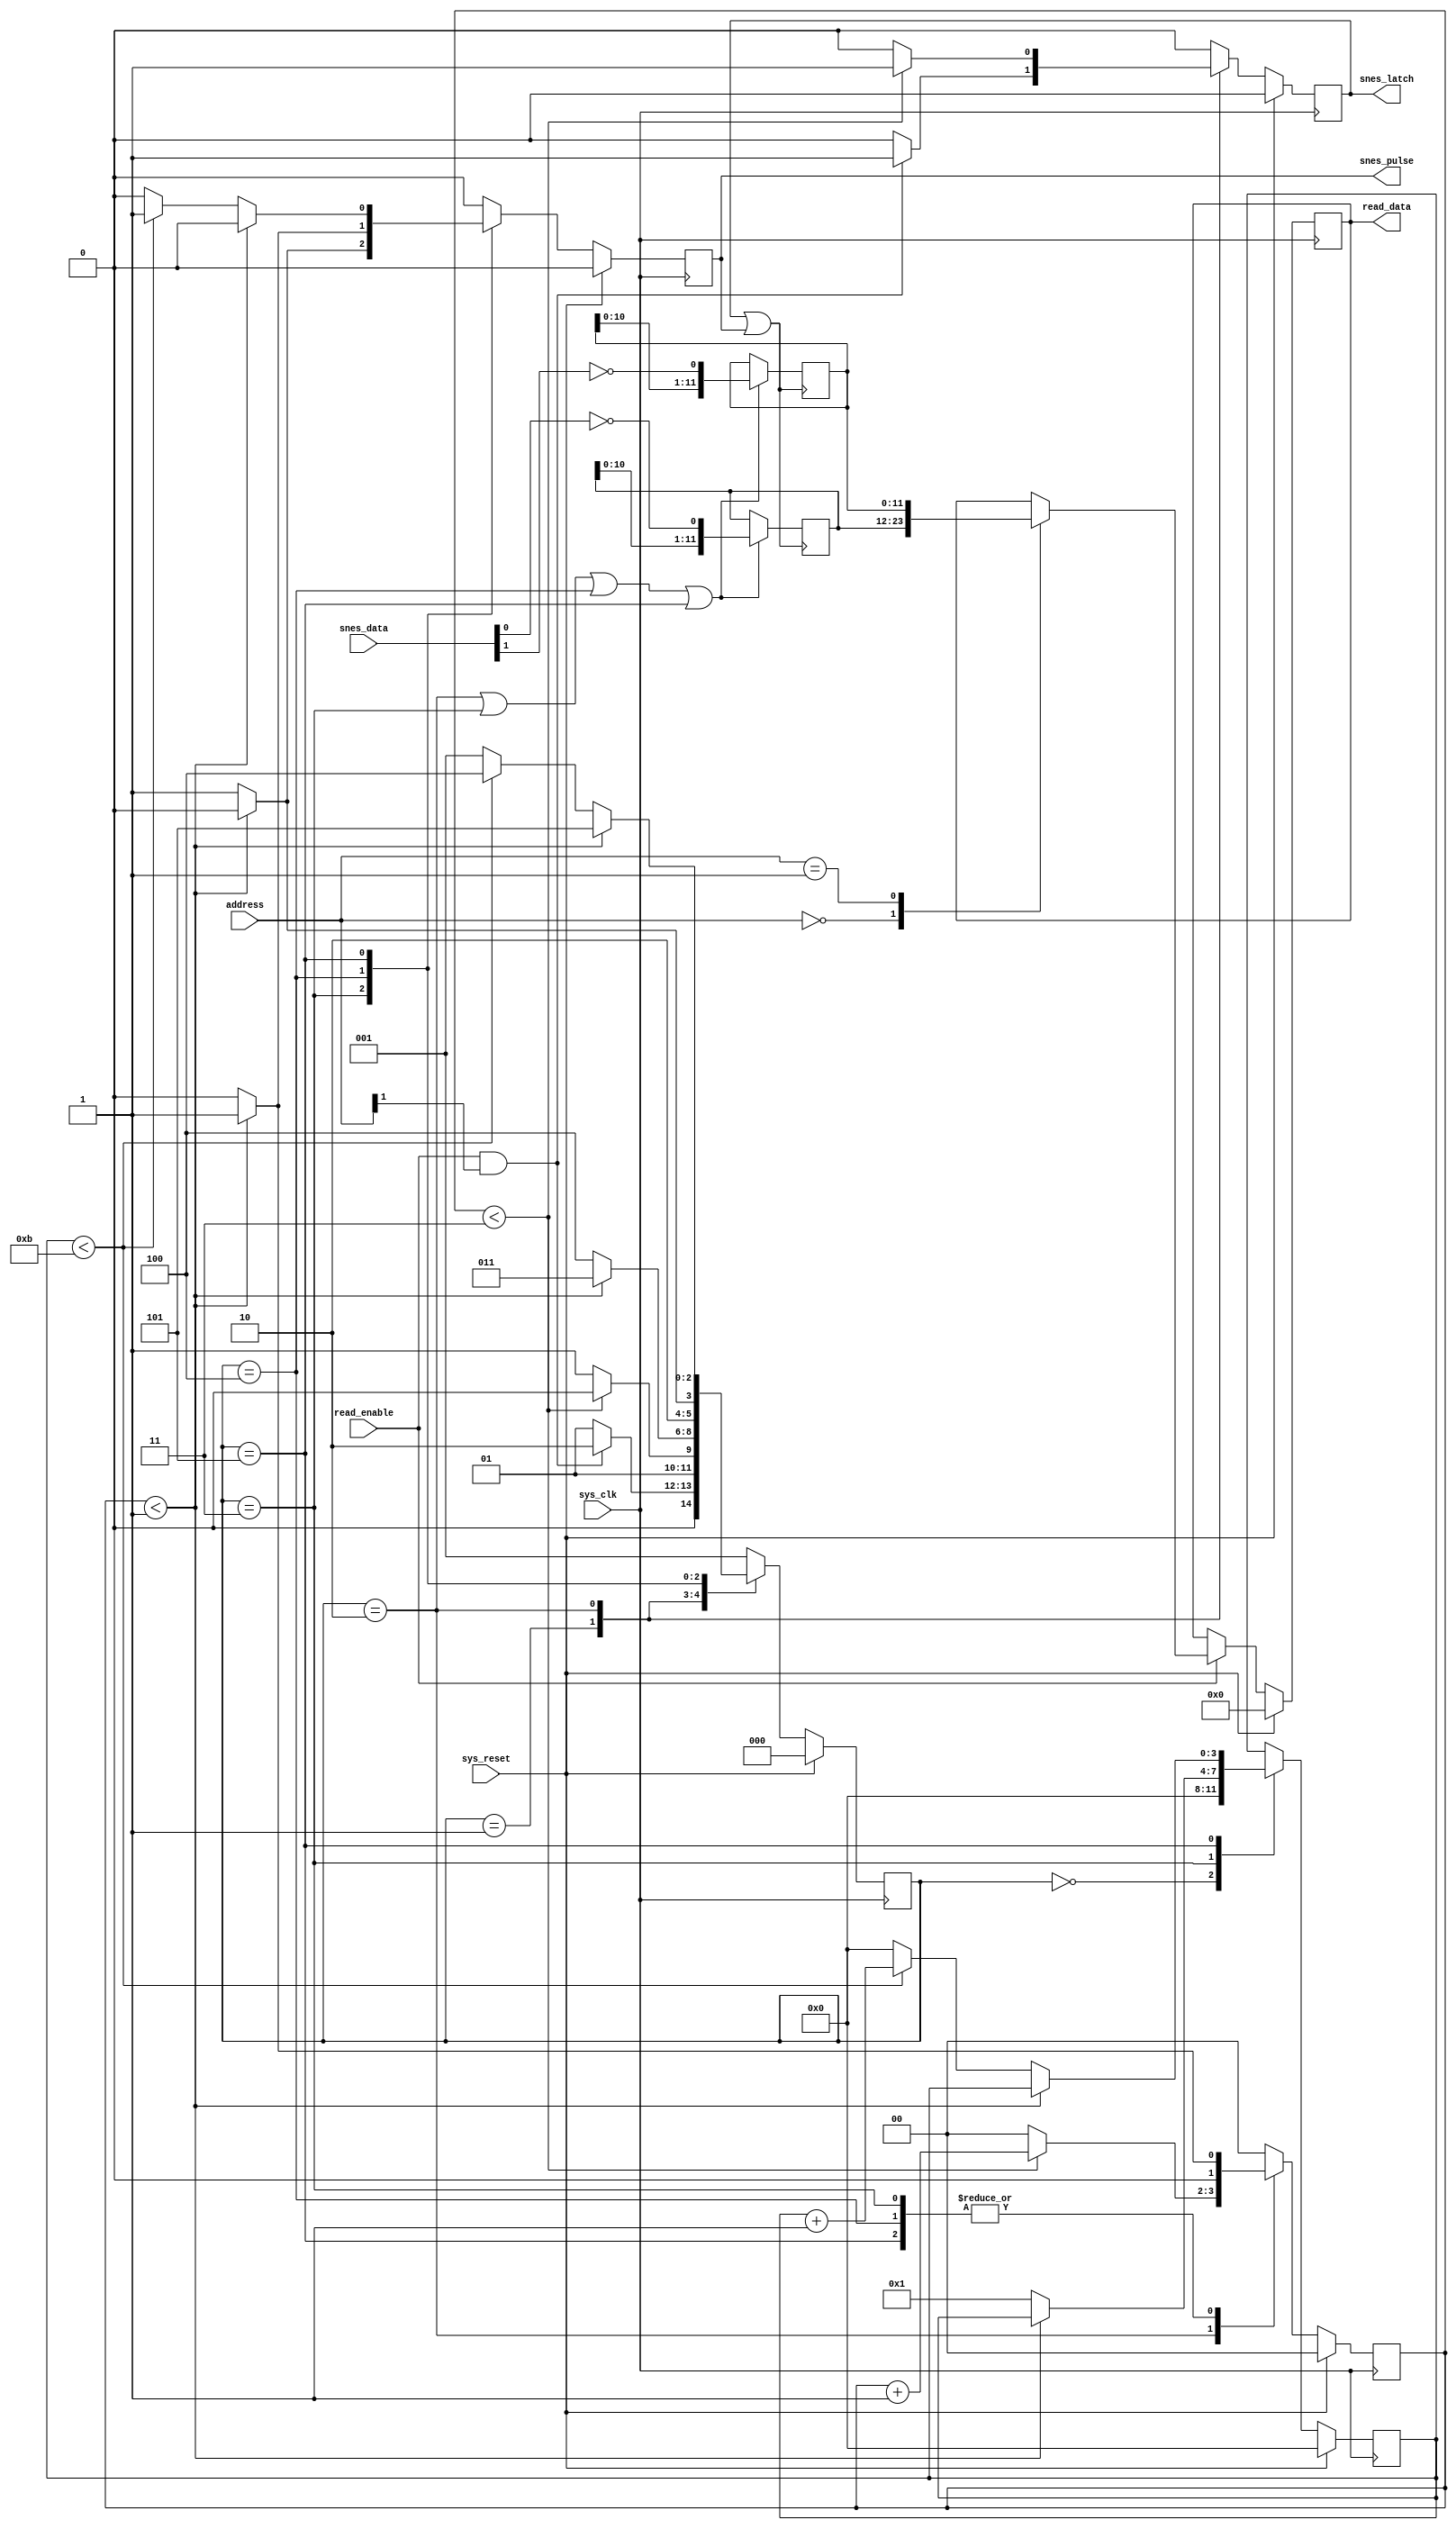
`timescale 1ns / 1ps

module SnesInterface
(
   input             sys_clk,       // 12.5MHz Clock
   input             sys_reset,
   input      [1:0]  address,
   input             read_enable,   // Reads the latched data for the controller specified by the read address
   output reg [11:0] read_data,     // The button data for the specified controller
   input      [1:0]  snes_data,     // Data returned from the SNES controller shift registers
   output reg        snes_latch,    // Pulse sent to the SNES controller to latch the state of the buttons
   output reg        snes_pulse     // Pulses sent to shift out the button values from the SNES controller
);

   // count used for dividing the 12.5MHz system clock
   reg [1:0] count;

   // keep track of how many button values have been shifted in
   reg [3:0] button_count;

   // registers to hold the data shifted in from each controller
   reg [11:0] buttons_0;
   reg [11:0] buttons_1;

   // put the selected controller's button values on the output
   always@(posedge sys_clk) begin
      if (sys_reset) begin
         read_data <= 12'd0;
      end
      else if (read_enable) begin
         case (address)
            0       : read_data <= buttons_0;
            1       : read_data <= buttons_1;
            default : read_data <= read_data; 
         endcase
      end
      else begin
         read_data <= read_data;
      end
   end

   // FSM States
   parameter RESET    = 3'd0;
   parameter IDLE     = 3'd1;
   parameter LATCH    = 3'd2;
   parameter WAIT1    = 3'd3;
   parameter SHIFT_HI = 3'd4;
   parameter SHIFT_LO = 3'd5;

   // FSM
   reg [2:0] state;
   always@(posedge sys_clk) begin
      snes_latch     <= 1'b0;
      snes_pulse     <= 1'b0;
      count          <= 2'd0;
      button_count   <= button_count;
      if (sys_reset) begin
         state          <= RESET;
         count          <= 2'd0;
         button_count   <= 1'b0;
      end
      else begin
         case (state)
            RESET : begin
               state        <= IDLE;
               button_count <= 1'b0;
            end
            IDLE : begin
               if (read_enable & address[1]) begin
                  state      <= LATCH;
                  snes_latch <= 1'b1;
               end
               else begin
                  state <= IDLE;
               end
            end
            // hold the latch signal high for more than 200ns
            LATCH : begin
               if (count < 2'd3) begin
                  state      <= LATCH;
                  snes_latch <= 1'b1;
                  count      <= count + 1'd1;
               end
               else begin
                  state <= WAIT1;
                  count <= 2'd0;
               end
            end
            // wait for 1/2 period of the snes_pulse clock
            WAIT1 : begin
               if (count < 2'd1) begin
                  state <= WAIT1;
                  count <= 2'd1;
               end
               else begin
                  state        <= SHIFT_HI;
                  snes_pulse   <= 1'b1;
                  button_count <= 4'd1;
                  count        <= 2'd0;
               end
            end
            SHIFT_HI : begin
               if (count < 2'd1) begin
                  state      <= SHIFT_HI;
                  snes_pulse <= 1'b1;
                  count      <= 2'd1;
               end
               else begin
                  state      <= SHIFT_LO;
                  snes_pulse <= 1'b0;
                  count      <= 2'd0;
               end
            end
            SHIFT_LO : begin
               if (count < 2'd1) begin
                  state <= SHIFT_LO;
                  count <= 2'd1;
               end
               else begin
                  count <= 2'd0;
                  if (button_count < 4'd11) begin
                     state        <= SHIFT_HI;
                     snes_pulse   <= 1'b1;
                     button_count <= button_count + 1'd1;
                  end
                  else begin
                     state        <= IDLE;
                     button_count <= 4'd0;
                  end
               end
            end
            default  : begin
               state <= IDLE;
            end
         endcase
      end
   end

   wire   data_latch;
   assign data_latch = snes_latch | snes_pulse;

   // latch the button data on the falling edge of the latch and pulse signals
   always @(negedge data_latch) begin
      if (state == LATCH | state == WAIT1 | state == SHIFT_HI | state == SHIFT_LO) begin
         buttons_0 <= { buttons_0[10:0], ~snes_data[0] };
         buttons_1 <= { buttons_1[10:0], ~snes_data[1] };
      end
      else begin
         buttons_0 <= buttons_0;
         buttons_1 <= buttons_1;
      end
   end

endmodule // SnesInterface